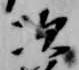
次